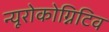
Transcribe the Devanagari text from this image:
न्यूरोकोग्निटिव